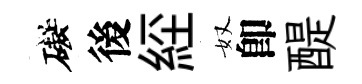
礙後𦀇奴卽醍